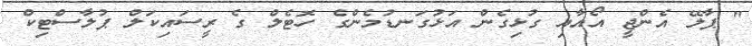
" ޕާލޭ އެންޖީ އޯއާއި ގުޅިގެން އަޅުގަނޑުމެންގެ ހޮޓެލް ގެ ރީސައިކަލް ޕުލާސްޓިކް